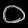
Digit: ၀